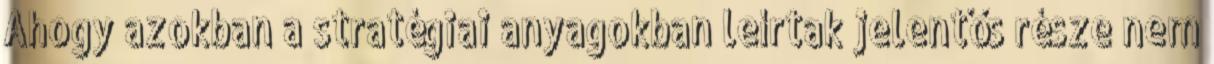
Ahogy azokban a stratégiai anyagokban leírtak jelentős része nem